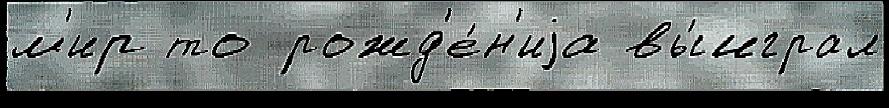
м'ир то рожд'е́н'иjа вы́играл